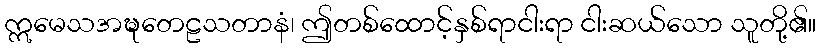
ဣမေသအဍ္ဎတေဠသတာနံ၊ ဤတစ်ထောင့်နှစ်ရာငါးရာ ငါးဆယ်သော သူတို့၏။